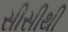
સીસીથી